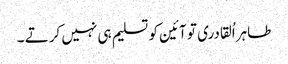
طاہراُلقادری تو آئین کو تسلیم ہی نہیں کرتے ۔